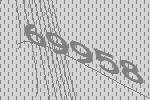
69958